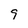
Character: 9